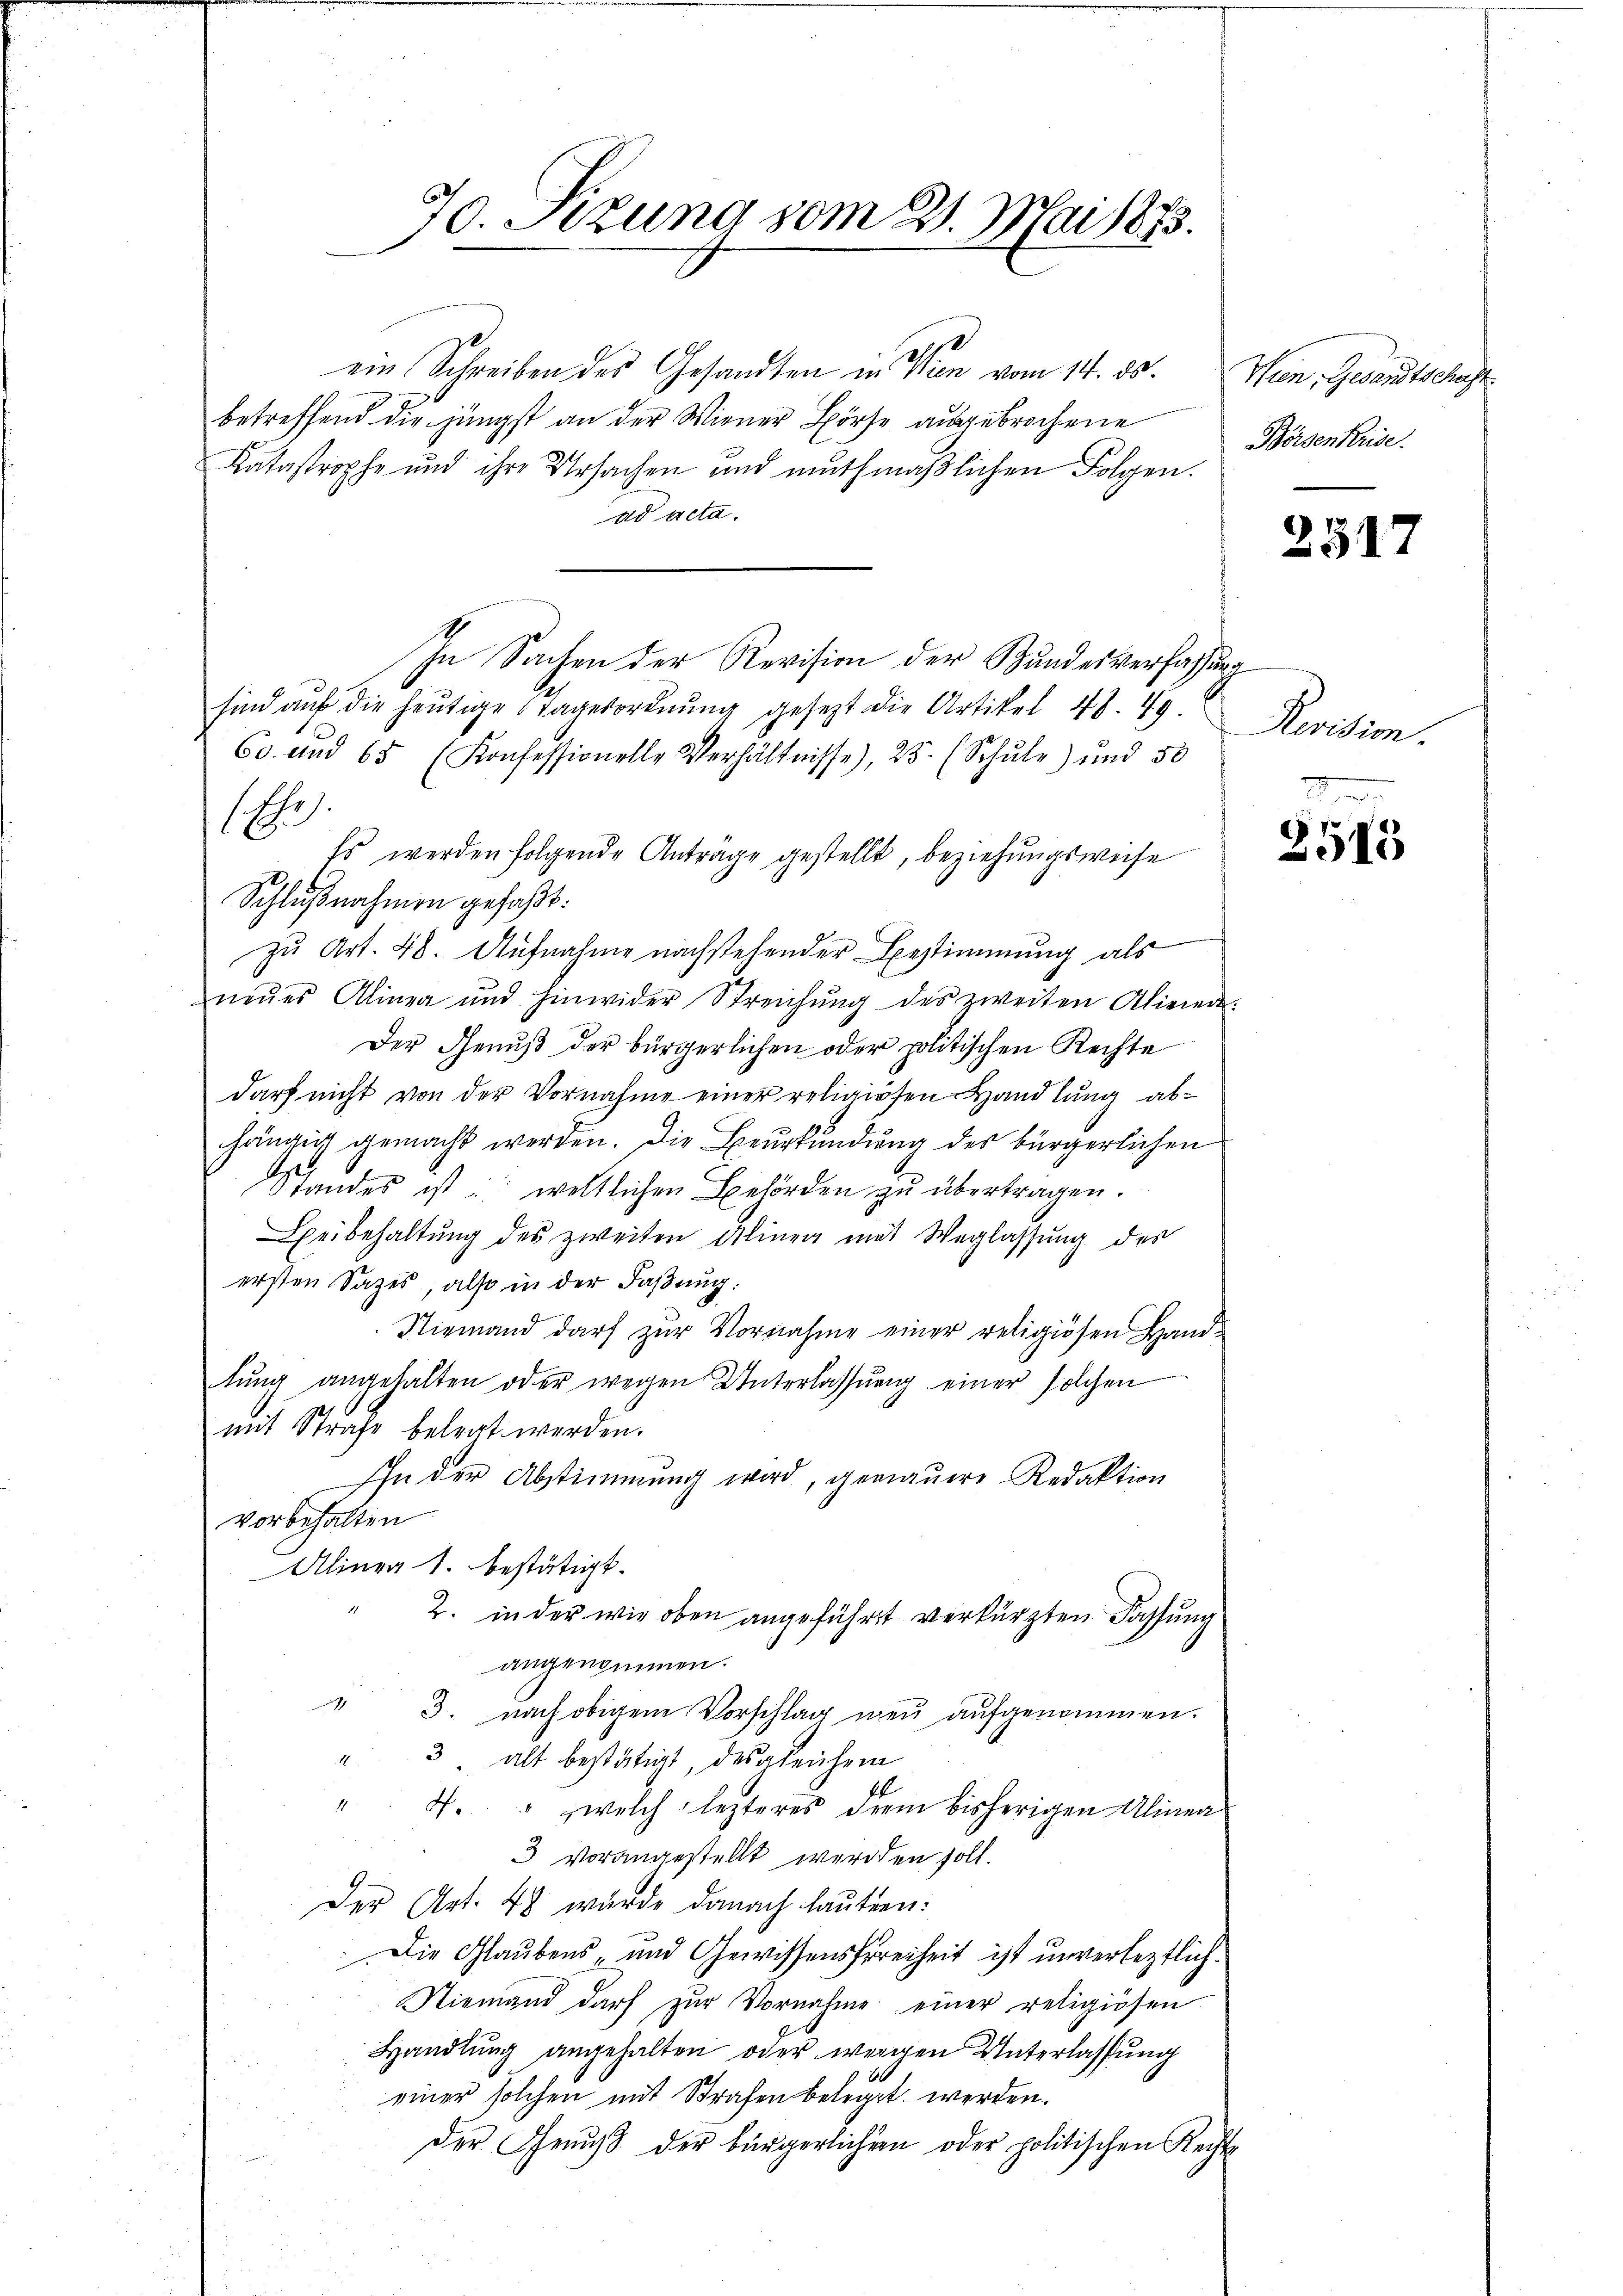
70. Stzung vom 21. Mai 1873.

ein Schreiben des Gesandten in Wien vom 14. ds.
betreffend die jüngst an der Wiener Börse ausgebrochene
Katastrophe und ihre Ursachen und muthmaßlichen Folgen.
ad Acta.
In Sachen der Revision der Bundesverfassung
sind auf die heutige Tagesordnung gesezt die Artikel 48. 49.
60. und 65 (Konfessionelle Verhältnisse), 25. (Schŭle) und 50
1
Es werden folgende Antrage gestellt, beziehungsweise
Schlußnahmen gefaßt:
zu Art. 48. Aufnahme nachstehender Bestimmung als
neŭes Alinea und hinwider Streichŭng des zweiten Alieren
Der Genuß der bürgerlichen oder politischen Rechte
darf nicht von der Vornahme einer religiösen Handlung ab-
hängig gemacht werden. Die Beurkundung des bürgerlichen
Api
Standes ist: weltlichen Behörden zŭ übertragen.
Beibehaltung des zweiten Alinen mit Weglassung des
ersten Sazes, also in der Faßung.
Niemand darf zur Vornahme einer religiösen Handtŭng angehalten oder wegen Unterlassŭng einer solchen
mit Strafe belegt werden.
Ihn der Abstimmung wird, gemauere Redaktion
vorbehalten
Alinea 1. bestätigt.
2. in der wie oben angeführt verkürzten Fassung
angenommen.
" 3. nach obigem Vorschlag neu aufgenommen.
" 3 alt bestätigt, desgleichem
". 4. " welch lezteres dem bisherigen Alinea
3 vorangestellt werden soll.
Der Art. 48 wurde danach lauten:
Die Glaubens und Gewissensfreiheit ist unverleztlich¬
Niemand darf zŭr Vornahme einer religiösen
Handlung angehalten oder wegen Unterlassung
einer solchen mit Strafen beleget werden.
Der Genuß der bürgerlichern oder politischen Rech-

Wien, Gesandtschu
Börsenkrise.

2517

Revision.

3513